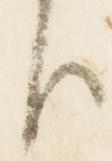
臣